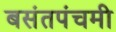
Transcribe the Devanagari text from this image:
बसंतपंचमी